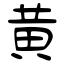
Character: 黄